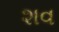
શવ